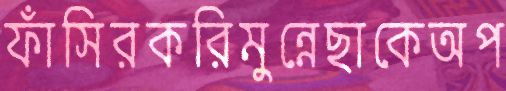
ফাঁসিরকরিমুন্নেছাকেঅপ